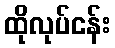
ထိုလုပ်ငန်း